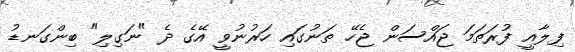
ފިލާއީ ފުރަތަމަ ޖައްސަން ޖެހޭ ތަނުގައި ހަރުނުވީ އޭގެ ދެ "ނަގިލި" ބިންގަނޑު